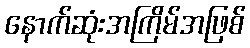
နောက်ဆုံးအကြိမ်အဖြစ်